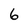
Character: 6